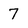
Character: 7